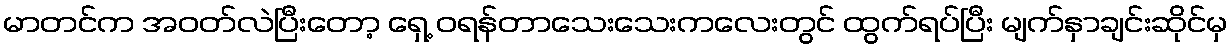
မာတင်က အဝတ်လဲပြီးတော့ ရှေ့ ဝရန်တာသေးသေးကလေးတွင် ထွက်ရပ်ပြီး မျက်နှာချင်းဆိုင်မှ